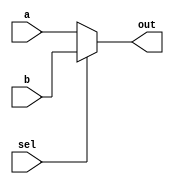
module MUX2(input sel , input[31:0] a , b , output reg[31:0] out);
    
    always @(sel , a , b) begin
        if(sel) begin
            out <= b;
        end
        else out <= a;
        
    end
endmodule